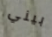
بيني